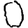
Digit: 0